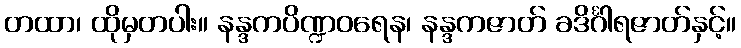
တထာ၊ ထိုမှတပါး။ နန္ဒကပိဏ္ဍဝရေန၊ နန္ဒကဇာတ် ခဒိင်္ဂါရဇာတ်နှင့်။